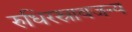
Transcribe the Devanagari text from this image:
रुधिरस्रावजन्य